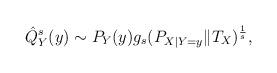
LaTeX: \begin{align*} \hat{Q}_Y^s(y) &\sim P_Y(y) g_s ( P_{X|Y=y} \| T_X )^{\frac1s}, \end{align*}